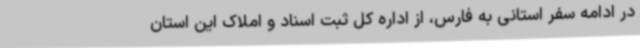
در ادامه سفر استانی به فارس، از اداره کل ثبت اسناد و املاک این استان